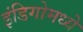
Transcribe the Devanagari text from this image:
इंडिगोमध्ये